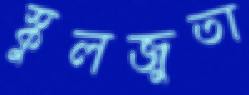
স্কুলজুতা